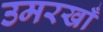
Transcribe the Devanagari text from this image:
उमरखाँ